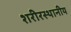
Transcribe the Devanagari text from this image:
शरीरस्थानीय